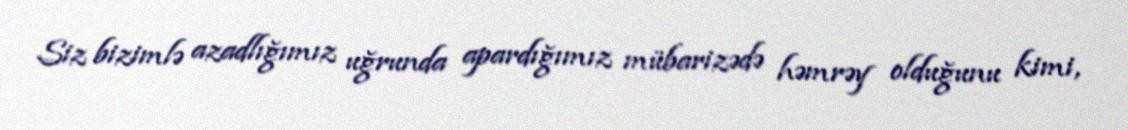
Siz bizimlə azadlığımız uğrunda apardığımız mübarizədə həmrəy olduğunu kimi,